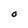
Character: O